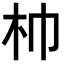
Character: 𣏑